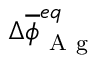
\Delta \overline { { \phi } } _ { \mathrm { ~ A ~ g ~ } } ^ { e q }